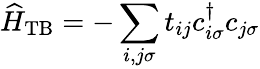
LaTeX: \widehat{H}_{\mathrm{TB}}=-\sum_{i,j\sigma}t_{ij}c_{i\sigma}^{\dagger}c_{j\sigma}